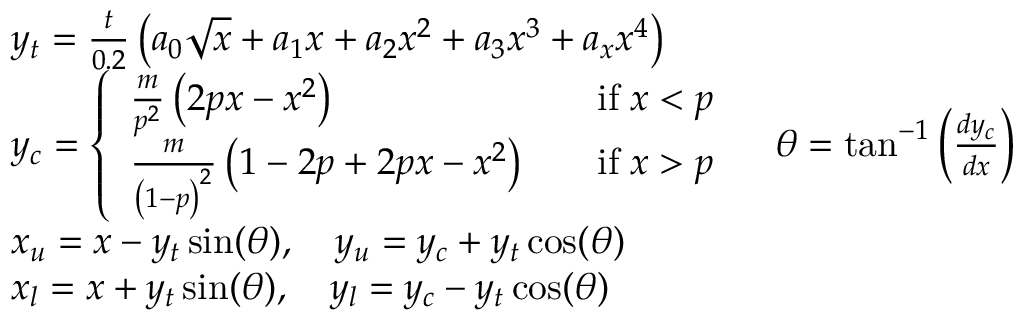
\begin{array} { r l r } & { y _ { t } = \frac { t } { 0 . 2 } \left( a _ { 0 } \sqrt { x } + a _ { 1 } x + a _ { 2 } x ^ { 2 } + a _ { 3 } x ^ { 3 } + a _ { x } x ^ { 4 } \right) } \\ & { y _ { c } = \left\{ \begin{array} { l l } { \frac { m } { p ^ { 2 } } \left( 2 p x - x ^ { 2 } \right) \quad } & { \mathrm { i f } \; x < p } \\ { \frac { m } { \left( 1 - p \right) ^ { 2 } } \left( 1 - 2 p + 2 p x - x ^ { 2 } \right) \quad } & { \mathrm { i f } \; x > p } \end{array} \right. } & { \theta = \tan ^ { - 1 } \left( \frac { d y _ { c } } { d x } \right) } \\ & { x _ { u } = x - y _ { t } \sin ( \theta ) , \quad y _ { u } = y _ { c } + y _ { t } \cos ( \theta ) } \\ & { x _ { l } = x + y _ { t } \sin ( \theta ) , \quad y _ { l } = y _ { c } - y _ { t } \cos ( \theta ) } \end{array}